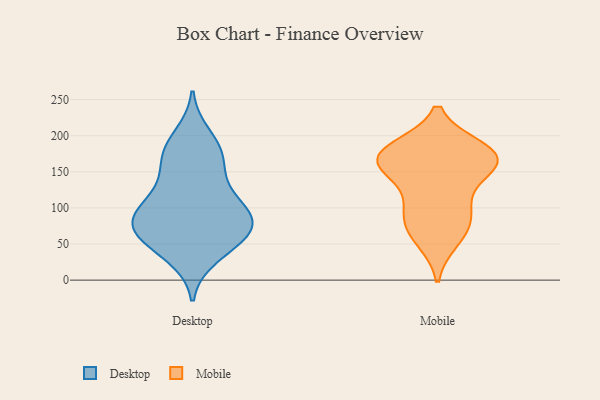
{"axis": {"x": "Gross Profit (USD K)", "y": "Value"}, "legend": ["Desktop", "Mobile"], "data": [{"x": "", "y": 172, "type": "Desktop"}, {"x": "", "y": 178, "type": "Desktop"}, {"x": "", "y": 33, "type": "Desktop"}, {"x": "", "y": 95, "type": "Desktop"}, {"x": "", "y": 94, "type": "Desktop"}, {"x": "", "y": 76, "type": "Desktop"}, {"x": "", "y": 43, "type": "Desktop"}, {"x": "", "y": 62, "type": "Desktop"}, {"x": "", "y": 126, "type": "Desktop"}, {"x": "", "y": 82, "type": "Desktop"}, {"x": "", "y": 140, "type": "Desktop"}, {"x": "", "y": 80, "type": "Desktop"}, {"x": "", "y": 172, "type": "Desktop"}, {"x": "", "y": 104, "type": "Desktop"}, {"x": "", "y": 72, "type": "Desktop"}, {"x": "", "y": 59, "type": "Desktop"}, {"x": "", "y": 200, "type": "Desktop"}, {"x": "", "y": 182, "type": "Mobile"}, {"x": "", "y": 152, "type": "Mobile"}, {"x": "", "y": 100, "type": "Mobile"}, {"x": "", "y": 83, "type": "Mobile"}, {"x": "", "y": 174, "type": "Mobile"}, {"x": "", "y": 181, "type": "Mobile"}, {"x": "", "y": 171, "type": "Mobile"}, {"x": "", "y": 105, "type": "Mobile"}, {"x": "", "y": 67, "type": "Mobile"}, {"x": "", "y": 158, "type": "Mobile"}, {"x": "", "y": 56, "type": "Mobile"}, {"x": "", "y": 160, "type": "Mobile"}, {"x": "", "y": 166, "type": "Mobile"}]}